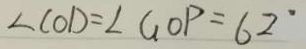
\angle C O D = \angle G O P = 6 2 ^ { \circ }